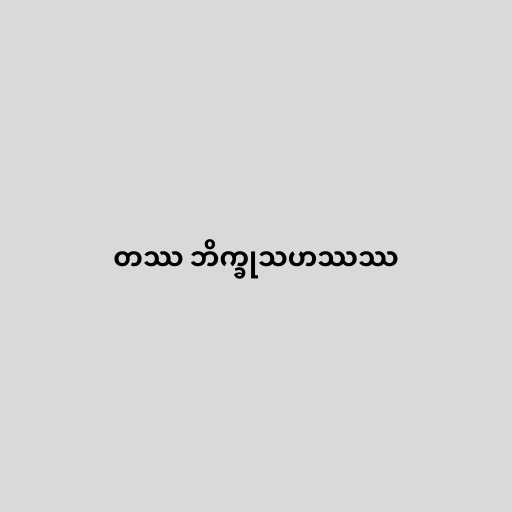
တဿ ဘိက္ခုသဟဿဿ